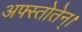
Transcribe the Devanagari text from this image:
अफ्स्तोतेन्।